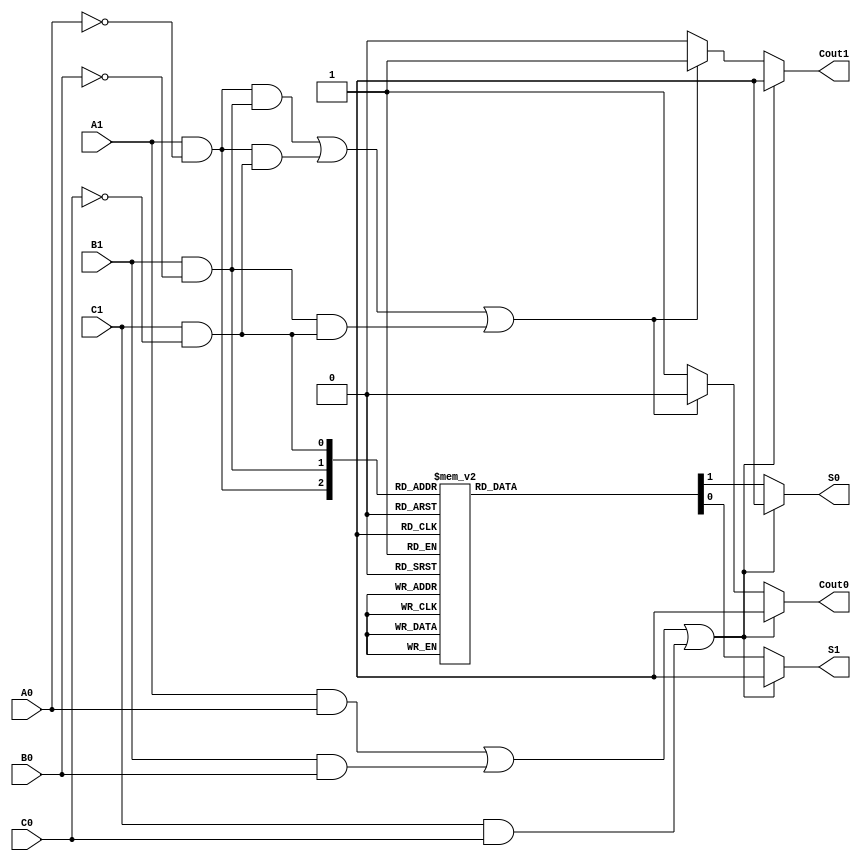
module DualRailFullAdder (
    // Inputs
    input A1, A0, // Dual-rail representation of input A
    input B1, B0, // Dual-rail representation of input B
    input C1, C0, // Dual-rail representation of carry-in
    // Outputs
    output reg S1, S0, // Dual-rail representation of Sum output
    output reg Cout1, Cout0 // Dual-rail representation of Carry-out output
);

    // Internal wires for intermediate single-bit representations
    wire A, B, Cin;
    
    // Decode dual-rail inputs to single bit
    assign A = A1 && !A0;
    assign B = B1 && !B0;
    assign Cin = C1 && !C0;

    // Error detection for invalid states: 
    // Ensure only one wire is active at any time
    always @(*) begin
        // Example error checking (optional implementation)
        if ((A1 && A0) || (B1 && B0) || (C1 && C0)) begin
            // Invalid state detected
            S1 = 1'bx; S0 = 1'bx;
            Cout1 = 1'bx; Cout0 = 1'bx;
        end else begin
            // Sum Logic
            case ({A, B, Cin})
                3'b000: begin S1 = 0; S0 = 1; end // S = 0
                3'b001: begin S1 = 1; S0 = 0; end // S = 1
                3'b010: begin S1 = 1; S0 = 0; end // S = 1
                3'b011: begin S1 = 0; S0 = 1; end // S = 0
                3'b100: begin S1 = 1; S0 = 0; end // S = 1
                3'b101: begin S1 = 0; S0 = 1; end // S = 0
                3'b110: begin S1 = 0; S0 = 1; end // S = 0
                3'b111: begin S1 = 1; S0 = 0; end // S = 1
                default: begin S1 = 1'bx; S0 = 1'bx; end // Should not reach here
            endcase

            // Carry-out Logic
            if ((A && B) || (A && Cin) || (B && Cin)) begin
                Cout1 = 1; Cout0 = 0; // Cout = 1
            end else begin
                Cout1 = 0; Cout0 = 1; // Cout = 0
            end
        end
    end

endmodule